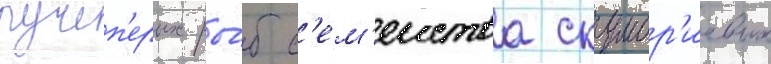
лучеп'ерых ры́б с'ем'еиства скумбр'иевых